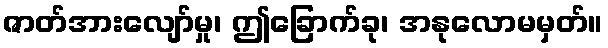
ဇာတ်အားလျော်မှု၊ ဤခြောက်ခု၊ အနုလောမမှတ်။